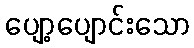
ပျော့ပျောင်းသော